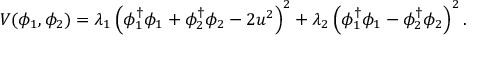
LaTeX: V ( \phi _ { 1 } , \phi _ { 2 } ) = \lambda _ { 1 } \left( \phi _ { 1 } ^ { \dagger } \phi _ { 1 } + \phi _ { 2 } ^ { \dagger } \phi _ { 2 } - 2 u ^ { 2 } \right) ^ { 2 } + \lambda _ { 2 } \left( \phi _ { 1 } ^ { \dagger } \phi _ { 1 } - \phi _ { 2 } ^ { \dagger } \phi _ { 2 } \right) ^ { 2 } .